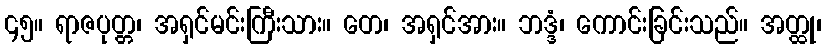
၄၅။ ရာဇပုတ္တ၊ အရှင်မင်းကြီးသား။ တေ၊ အရှင်အား။ ဘဒ္ဒံ၊ ကောင်းခြင်းသည်။ အတ္ထု၊